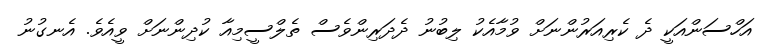
އަހްސަންއަކީ ދެ ކެރިއަރުންނަށް ވުމާއެކު ލިބުނު ދެދަރިންވެސް ތެލްސީމިއާ ކުދިންނަށް ވީއެވެ. އެނގުނު